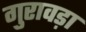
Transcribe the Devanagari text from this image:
गुरावड़ा